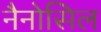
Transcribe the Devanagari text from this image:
नैनोसिल